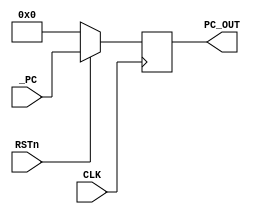
module MPC (
	
	input wire CLK,
	input wire RSTn,
	input wire [31:0] _PC,

	output wire [31:0] PC_OUT 
	);

	reg [31:0] reg_PC_OUT;
	assign PC_OUT = reg_PC_OUT;

	initial begin
		reg_PC_OUT = 0;
	end

	always@ (posedge CLK) begin
		if (~RSTn) reg_PC_OUT = 0;
		else reg_PC_OUT = _PC;
	end

endmodule